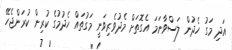
އަދި މަގު ހެދުން ލަސްވާނަމަ އެގޮތަށް މެދުވެރިވަނީ މަގުތައް ހެދުމުގެ ކުރިން ކުރަންޖެހޭ